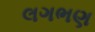
લગભણ